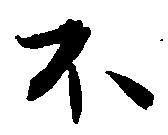
不